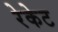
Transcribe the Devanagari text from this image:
रेकेट